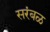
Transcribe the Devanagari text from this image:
सरंबळ